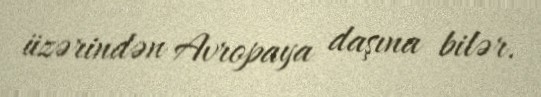
üzərindən Avropaya daşına bilər.